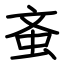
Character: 蚉